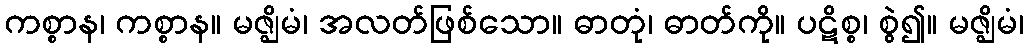
ကစ္စာန၊ ကစ္စာန။ မဇ္ဈိမံ၊ အလတ်ဖြစ်သော။ ဓာတုံ၊ ဓာတ်ကို။ ပဋိစ္စ၊ စွဲ၍။ မဇ္ဈိမံ၊